Scientific memoirs by medical officers of the Army of India - Part VII,
Year: 1892
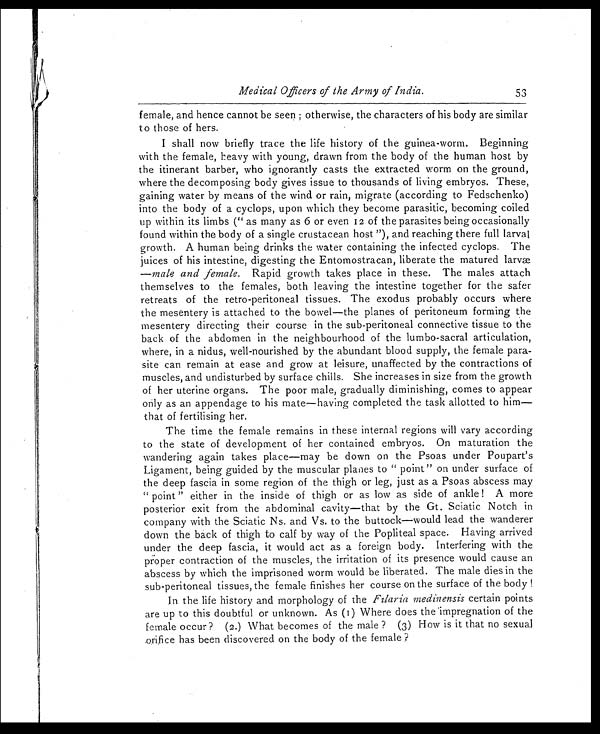
Medical Officers of the Army of India
53
female, and hence cannot be seen ; otherwise, the characters of his body are similar
to those of hers.
I shall now briefly trace the life history of the guinea-worm. Beginning
with the female, heavy with young, drawn from the body of the human host by
the itinerant barber, who ignorantly casts the extracted worm on the ground,
where the decomposing body gives issue to thousands of living embryos. These,
gaining water by means of the wind or rain, migrate (according to Fedschenko)
into the body of a cyclops, upon which they become parasitic, becoming coiled
up within its limbs (" as many as 6 or even 12 of the parasites being occasionally
found within the body of a single crustacean host "), and reaching there full larval
growth. A human being drinks the water containing the infected cyclops. The
juices of his intestine, digesting the Entomostracan, liberate the matured larv
æ —
m a l e
a n d f e m a l e .
R a p i d g r o w t h t a k e s p l a c e i n t h e s e . T h e m a l e s a t t a c h
themselves to the females, both leaving the intestine together for the safer
retreats of the retro-peritoneal tissues. The exodus probably occurs where
the mesentery is attached to the bowel—the planes of peritoneum forming the
mesentery directing their course in the sub-peritoneal connective tissue to the
back of the abdomen in the neighbourhood of the Jumbo-sacral articulation,
where, in a nidus, well-nourished by the abundant blood supply, the female para-
site can remain at ease and grow at leisure, unaffected by the contractions of
muscles, and undisturbed by surface chills. She increases in size from the growth
of her uterine organs. The poor male, gradually diminishing, comes to appear
only as an appendage to his mate—having completed the task allotted to him—
that of fertilising her.
The time the female remains in these internal regions will vary according
to the state of development of her contained embryos. On maturation the
wandering again takes place—may be down on the Psoas under Poupart's
Ligament, being guided by the muscular planes to " point" on under surface of
the deep fascia in some region of the thigh or leg, just as a Psoas abscess may
" point " either in the inside of thigh or as low as side of ankle ! A more
posterior exit from the abdominal cavity—that by the Gt. Sciatic Notch in
company with the Sciatic Ns. and Vs. to the buttock—would lead the wanderer
down the back of thigh to calf by way of the Popliteal space. Having arrived
under the deep fascia, it would act as a foreign body. Interfering with the
proper contraction of the muscles, the irritation of its presence would cause an
abscess by which the imprisoned worm would be liberated. The male dies in the
sub-peritoneal tissues, the female finishes her course on the surface of the body!
In the life history and morphology of the Filaria medinensis certain points
are up to this doubtful or unknown. As (I) Where does the impregnation of the
female occur ? (2.) What becomes of the male ? (3) How is it that no sexual
.orifice has been discovered on the body of the female?